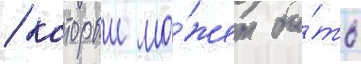
/ которыи мо́жет бы́ть